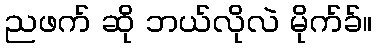
ညဖက် ဆို ဘယ်လိုလဲ မိုက်ခ်။